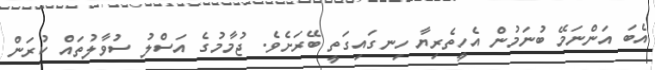
އެބަ އަންނަމޭ ބުނަމުން އެހީތެރިޔާ ހިނގައިގަތީ ބޭރަށެވެ. ޖުމާމުގެ އަސްލު ސުވާލުތައް ކުރަން